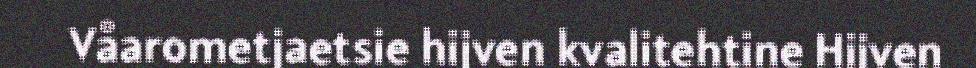
Våarometjaetsie hijven kvalitehtine Hijven